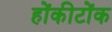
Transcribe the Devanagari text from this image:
होंकीटोंक